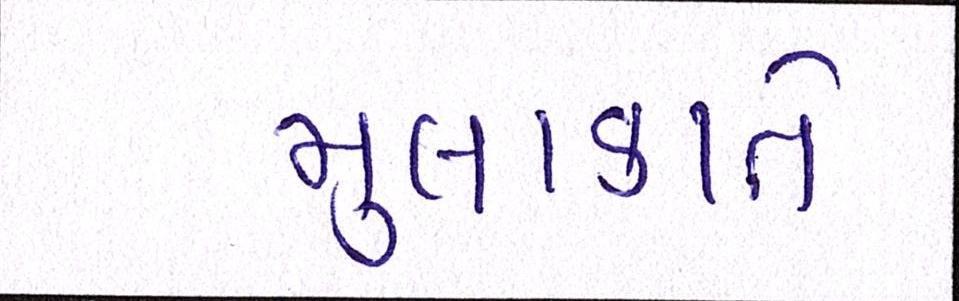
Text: મુલાકાતે